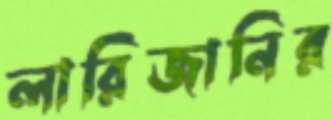
লারিজানির